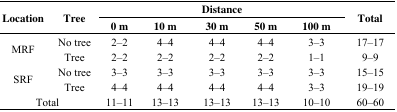
| <ROWSPAN=2> Location | <ROWSPAN=2> Tree | <COLSPAN=5> Distance | <ROWSPAN=2> Total |
 | 0 m | 10 m | 30 m | 50 m | 100 m |
 | --- | --- | --- | --- | --- | --- | --- | --- |
 | <ROWSPAN=2> MRF | No tree | 2–2 | 4–4 | 4–4 | 4–4 | 3–3 | 17–17 |
 | Tree | 2–2 | 2–2 | 2–2 | 2–2 | 1–1 | 9–9 |
 | <ROWSPAN=2> SRF | No tree | 3–3 | 3–3 | 3–3 | 3–3 | 3–3 | 15–15 |
 | Tree | 4–4 | 4–4 | 4–4 | 4–4 | 3–3 | 19–19 |
 | <COLSPAN=2> Total | 11–11 | 13–13 | 13–13 | 13–13 | 10–10 | 60–60 |